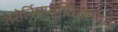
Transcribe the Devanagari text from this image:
तरोर्निमातुमिच्छाम्यधः